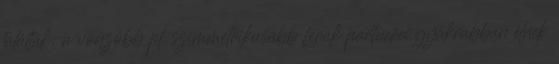
találták: a vonzóbb pl. szimmetrikusabb férﬁak partnerei gyakrabban élnek